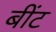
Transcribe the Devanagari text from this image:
बींट